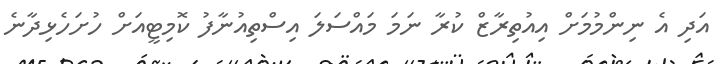
އަދި އެ ނިންމުމަށް އިއުތިރާޒް ކުރާ ނަމަ މައްސަލަ އިސްތިއުނާފު ކޮމިޓީއަށް ހުށަހެޅިދާނެ